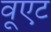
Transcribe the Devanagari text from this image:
वूएट